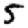
Digit: 5